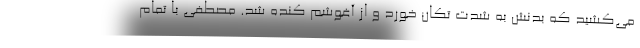
می‌کشید که بدنش به شدت تکان خورد و از آغوشم کنده شد. مصطفی با تمام